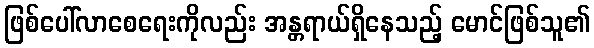
ဖြစ်ပေါ်လာစေရေးကိုလည်း အန္တရာယ်ရှိနေသည့် မောင်ဖြစ်သူ၏